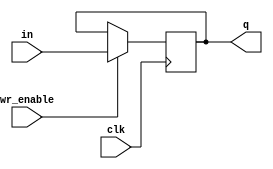
// D Flip Flop that updates on posedge of clk
module DFF (
    output reg [31:0] q,
    input [31:0] in,
    input wr_enable,
    input clk
);
    initial q <= 0;
    always @(posedge clk) begin
        if (wr_enable) begin
            q <= in;
        end
    end
endmodule

// D Flip Flop that updates on negedge of clk
module DFFneg (
    output reg [31:0] q,
    input [31:0] in,
    input wr_enable,
    input clk
);
    initial q <= 0;
    always @(negedge clk) begin
        if (wr_enable) begin
            q <= in;
        end
    end
endmodule